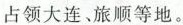
占领大连、旅顺等地。